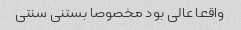
واقعا عالی بود مخصوصا بستنی سنتی